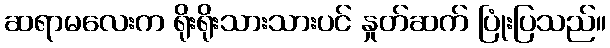
ဆရာမလေးက ရိုးရိုးသားသားပင် နှုတ်ဆက် ပြုံးပြသည်။